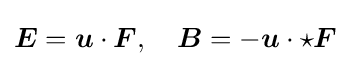
{\boldsymbol {E}}={\boldsymbol {u}}\cdot {\boldsymbol {F}},\quad {\boldsymbol {B}}=-{\boldsymbol {u}}\cdot \star {\boldsymbol {F}}